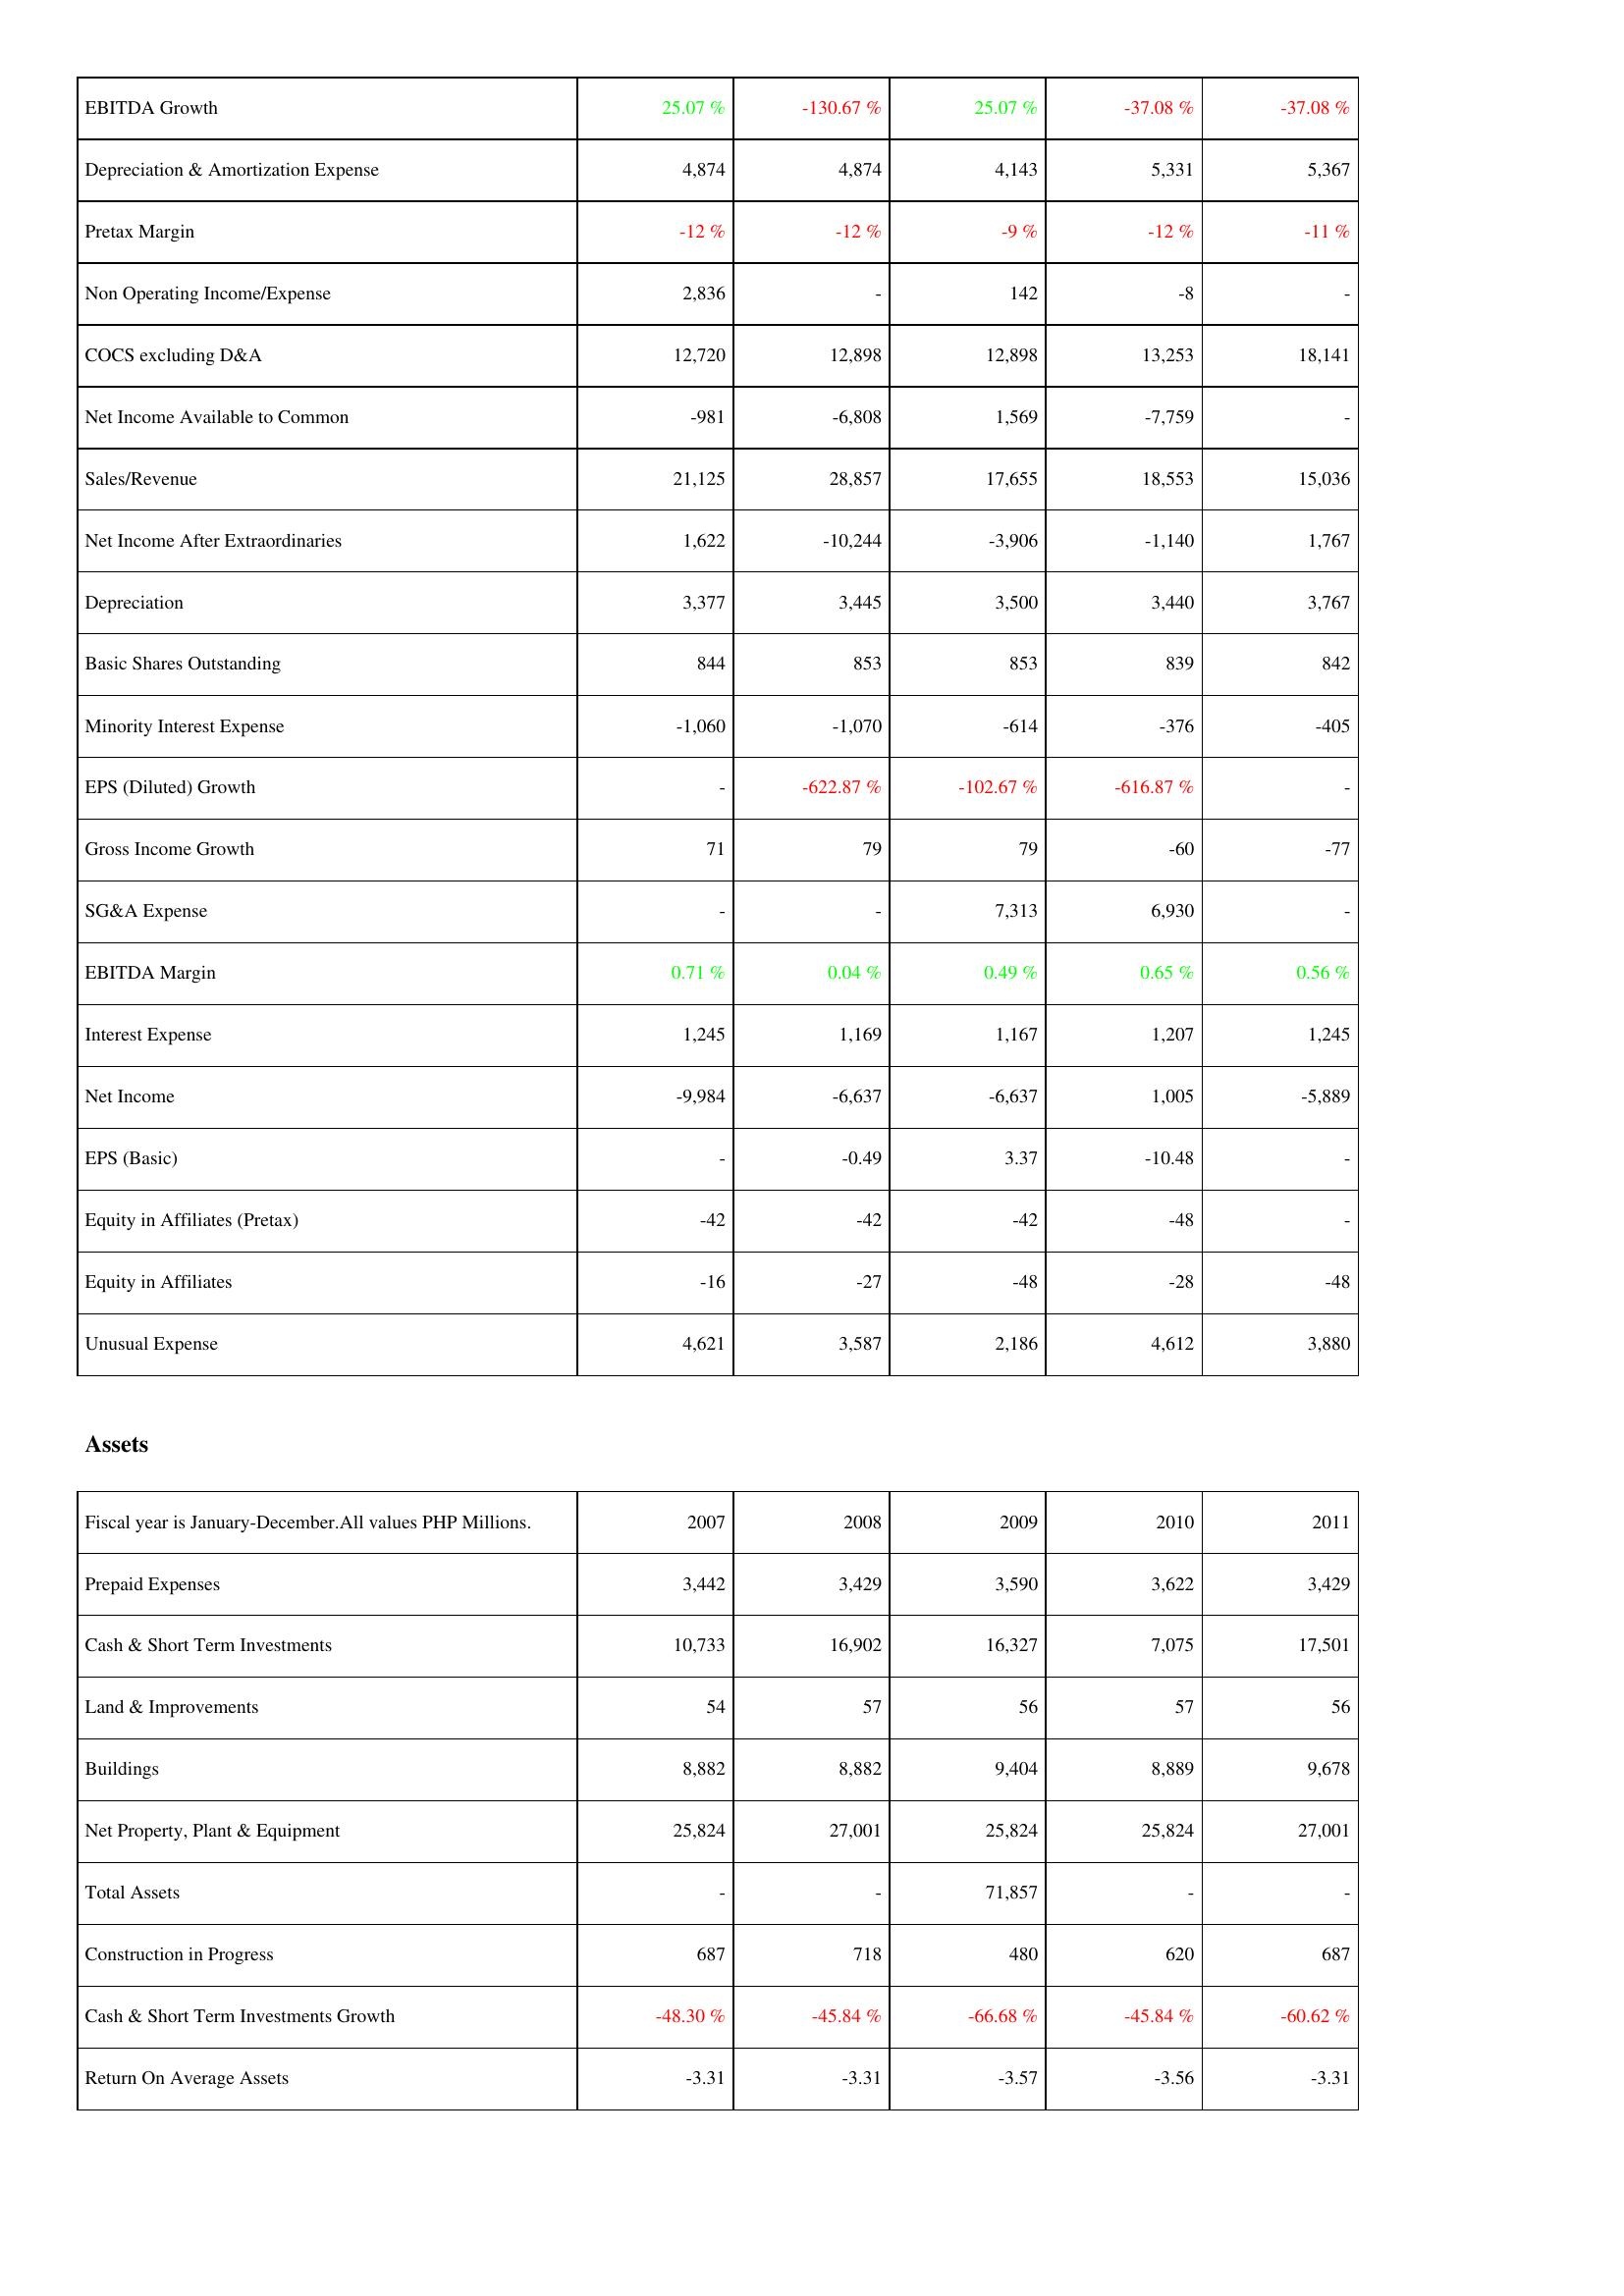
2007: Income Statement: EBITDA Growth: 25.07 %
Depreciation & Amortization Expense: 4,874
Pretax Margin: -12 %
Non Operating Income/Expense: 2,836
COCS excluding D&A: 12,720
Net Income Available to Common: -981
Sales/Revenue: 21,125
Net Income After Extraordinaries: 1,622
Depreciation: 3,377
Basic Shares Outstanding: 844
Minority Interest Expense: -1,060
EPS (Diluted) Growth: -
Gross Income Growth: 71
SG&A Expense: -
EBITDA Margin: 0.71 %
Interest Expense: 1,245
Net Income: -9,984
EPS (Basic): -
Equity in Affiliates (Pretax): -42
Equity in Affiliates: -16
Unusual Expense: 4,621
Assets: Prepaid Expenses: 3,442
Cash & Short Term Investments: 10,733
Land & Improvements: 54
Buildings: 8,882
Net Property, Plant & Equipment: 25,824
Total Assets: -
Construction in Progress: 687
Cash & Short Term Investments Growth: -48.30 %
Return On Average Assets: -3.31
2008: Income Statement: EBITDA Growth: -130.67 %
Depreciation & Amortization Expense: 4,874
Pretax Margin: -12 %
Non Operating Income/Expense: -
COCS excluding D&A: 12,898
Net Income Available to Common: -6,808
Sales/Revenue: 28,857
Net Income After Extraordinaries: -10,244
Depreciation: 3,445
Basic Shares Outstanding: 853
Minority Interest Expense: -1,070
EPS (Diluted) Growth: -622.87 %
Gross Income Growth: 79
SG&A Expense: -
EBITDA Margin: 0.04 %
Interest Expense: 1,169
Net Income: -6,637
EPS (Basic): -0.49
Equity in Affiliates (Pretax): -42
Equity in Affiliates: -27
Unusual Expense: 3,587
Assets: Prepaid Expenses: 3,429
Cash & Short Term Investments: 16,902
Land & Improvements: 57
Buildings: 8,882
Net Property, Plant & Equipment: 27,001
Total Assets: -
Construction in Progress: 718
Cash & Short Term Investments Growth: -45.84 %
Return On Average Assets: -3.31
2009: Income Statement: EBITDA Growth: 25.07 %
Depreciation & Amortization Expense: 4,143
Pretax Margin: -9 %
Non Operating Income/Expense: 142
COCS excluding D&A: 12,898
Net Income Available to Common: 1,569
Sales/Revenue: 17,655
Net Income After Extraordinaries: -3,906
Depreciation: 3,500
Basic Shares Outstanding: 853
Minority Interest Expense: -614
EPS (Diluted) Growth: -102.67 %
Gross Income Growth: 79
SG&A Expense: 7,313
EBITDA Margin: 0.49 %
Interest Expense: 1,167
Net Income: -6,637
EPS (Basic): 3.37
Equity in Affiliates (Pretax): -42
Equity in Affiliates: -48
Unusual Expense: 2,186
Assets: Prepaid Expenses: 3,590
Cash & Short Term Investments: 16,327
Land & Improvements: 56
Buildings: 9,404
Net Property, Plant & Equipment: 25,824
Total Assets: 71,857
Construction in Progress: 480
Cash & Short Term Investments Growth: -66.68 %
Return On Average Assets: -3.57
2010: Income Statement: EBITDA Growth: -37.08 %
Depreciation & Amortization Expense: 5,331
Pretax Margin: -12 %
Non Operating Income/Expense: -8
COCS excluding D&A: 13,253
Net Income Available to Common: -7,759
Sales/Revenue: 18,553
Net Income After Extraordinaries: -1,140
Depreciation: 3,440
Basic Shares Outstanding: 839
Minority Interest Expense: -376
EPS (Diluted) Growth: -616.87 %
Gross Income Growth: -60
SG&A Expense: 6,930
EBITDA Margin: 0.65 %
Interest Expense: 1,207
Net Income: 1,005
EPS (Basic): -10.48
Equity in Affiliates (Pretax): -48
Equity in Affiliates: -28
Unusual Expense: 4,612
Assets: Prepaid Expenses: 3,622
Cash & Short Term Investments: 7,075
Land & Improvements: 57
Buildings: 8,889
Net Property, Plant & Equipment: 25,824
Total Assets: -
Construction in Progress: 620
Cash & Short Term Investments Growth: -45.84 %
Return On Average Assets: -3.56
2011: Income Statement: EBITDA Growth: -37.08 %
Depreciation & Amortization Expense: 5,367
Pretax Margin: -11 %
Non Operating Income/Expense: -
COCS excluding D&A: 18,141
Net Income Available to Common: -
Sales/Revenue: 15,036
Net Income After Extraordinaries: 1,767
Depreciation: 3,767
Basic Shares Outstanding: 842
Minority Interest Expense: -405
EPS (Diluted) Growth: -
Gross Income Growth: -77
SG&A Expense: -
EBITDA Margin: 0.56 %
Interest Expense: 1,245
Net Income: -5,889
EPS (Basic): -
Equity in Affiliates (Pretax): -
Equity in Affiliates: -48
Unusual Expense: 3,880
Assets: Prepaid Expenses: 3,429
Cash & Short Term Investments: 17,501
Land & Improvements: 56
Buildings: 9,678
Net Property, Plant & Equipment: 27,001
Total Assets: -
Construction in Progress: 687
Cash & Short Term Investments Growth: -60.62 %
Return On Average Assets: -3.31